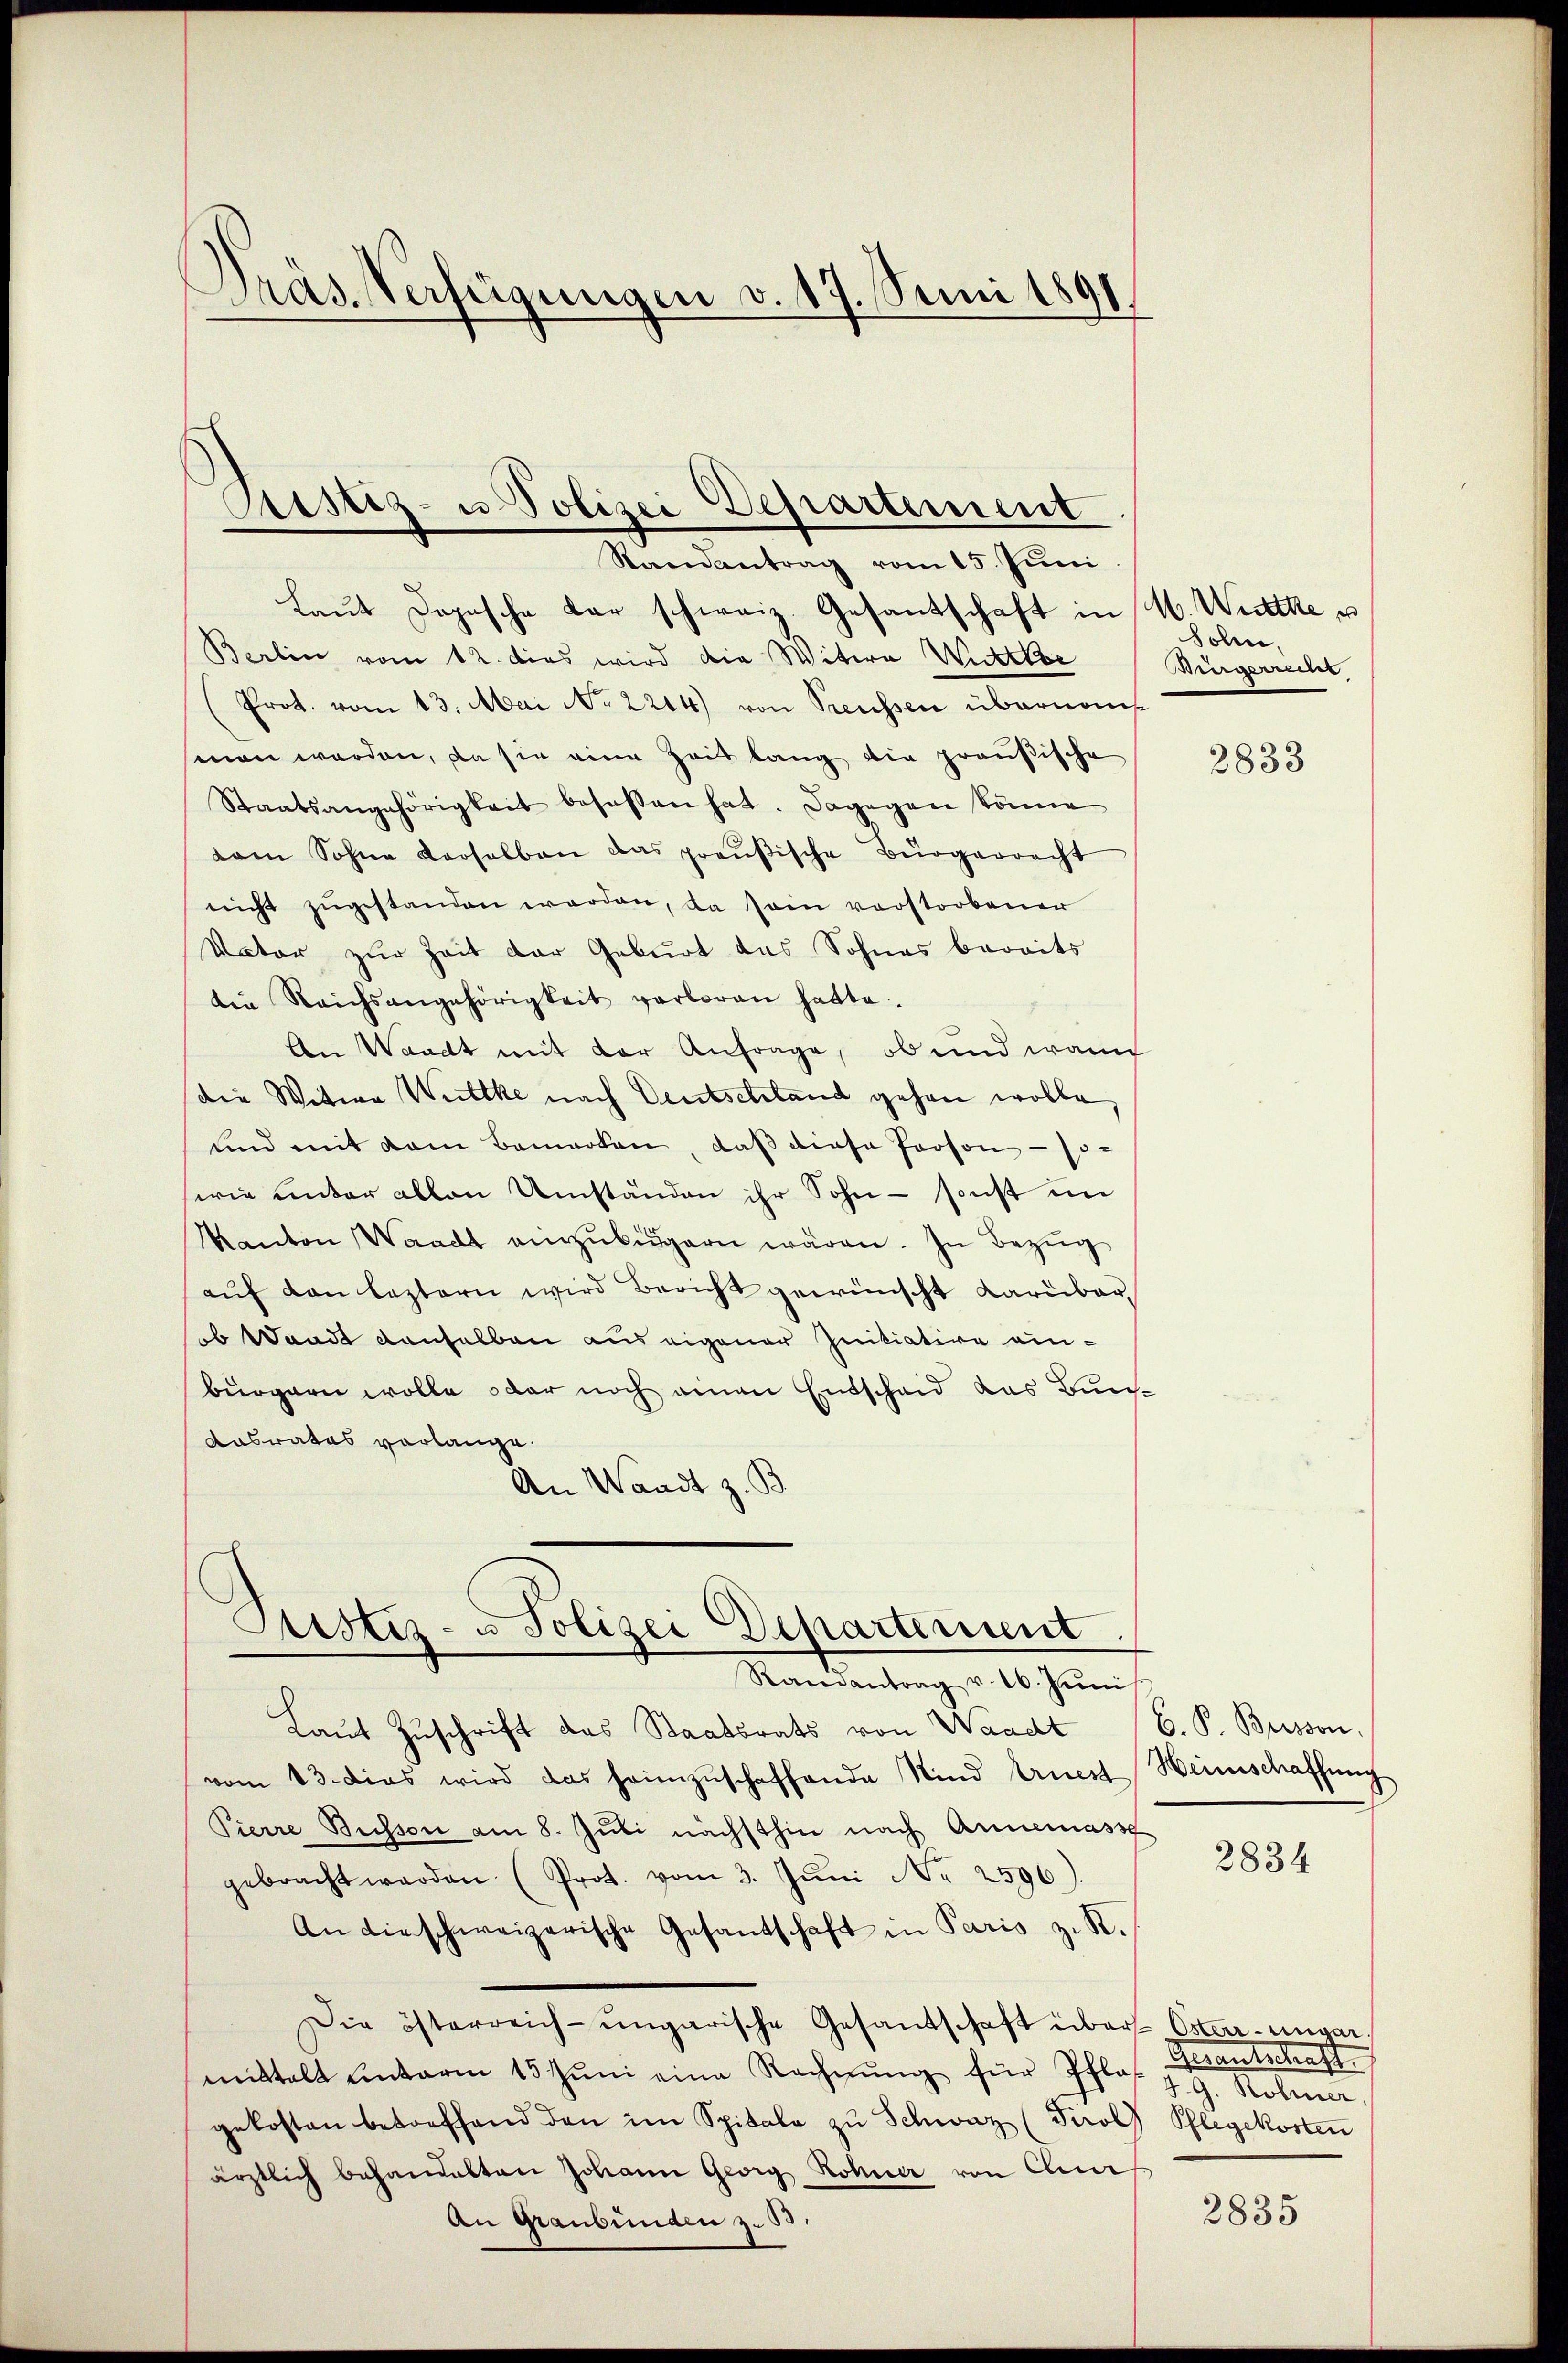
Präs. Verfügungen v. 17. Seni 1891.

Ristiz- u. Polizei Departement
Randantrag vom 15. Juni

Laŭt Dopische der schweiz. Gesandschaft in M. Wurthe u
Berlin vom 12. dies wird die Witwe Wuchelse
Prot. vom 13. Mai No 2214) von Preussen übernomsmen werden, da sie eine Zeit lang die preußische
Staatsangehörigkeit besaßen hat. Dagegen könne
dam Sohne Karselben das preußische Bürgerrecht
nicht zŭgestanden werden, da sein vorstorbener
Vater zur Zeit der Geburt das Sohnes bereits
die Reichsangehörigkeit verboren hatte.
An Waadt mit der Anfrage, ob und wann
die Witwe Weittke nach Deutschland gehen wolle,
und mit dem Bemerken, daß diese Person - so-
wie unter allen Umständen ihr Sohn - sonst im
Kanton Waadt einzubürgern wären. In Bezug
aŭf den leztern wird Bericht gewünscht darüber,
b Waadt denselben aus eigener Initiative einbürgern wolle, oder noch einen Entscheid das Bun¬
Aasrates verlange.
An Waadt z. B.

Pustiz- u Polizei Departement
Randantrag v. 16. Juni

Laŭt Zŭschrift das Staatsrats von Waadt (C. P. Busson,
vom 13. Dies wird das heimzŭschaffende Wind Ernest Heimschaffung
Pierre Busson am 8. Juli nächsthin nach Annemasse
gebracht werden (Prot. vom 3. Jŭni No 2596)
An dieschweizerische Gesandschaft in Paris z. R.
Die österreich-ungarische Gesandschaft über Oster-ungar.
mittelt unterm 15. Jŭni eine Rechnŭng für Pflas. z. G. Rohner
gekosten betreffend den im Spitale zŭ Schweiz (Tirol Pflegekosten
ärztlich behandelten Johann Georg Rohner von Chur
An Graubünden z. B.

Solen.
Würgerrecht

2833

2834

Gerantschaft

2835